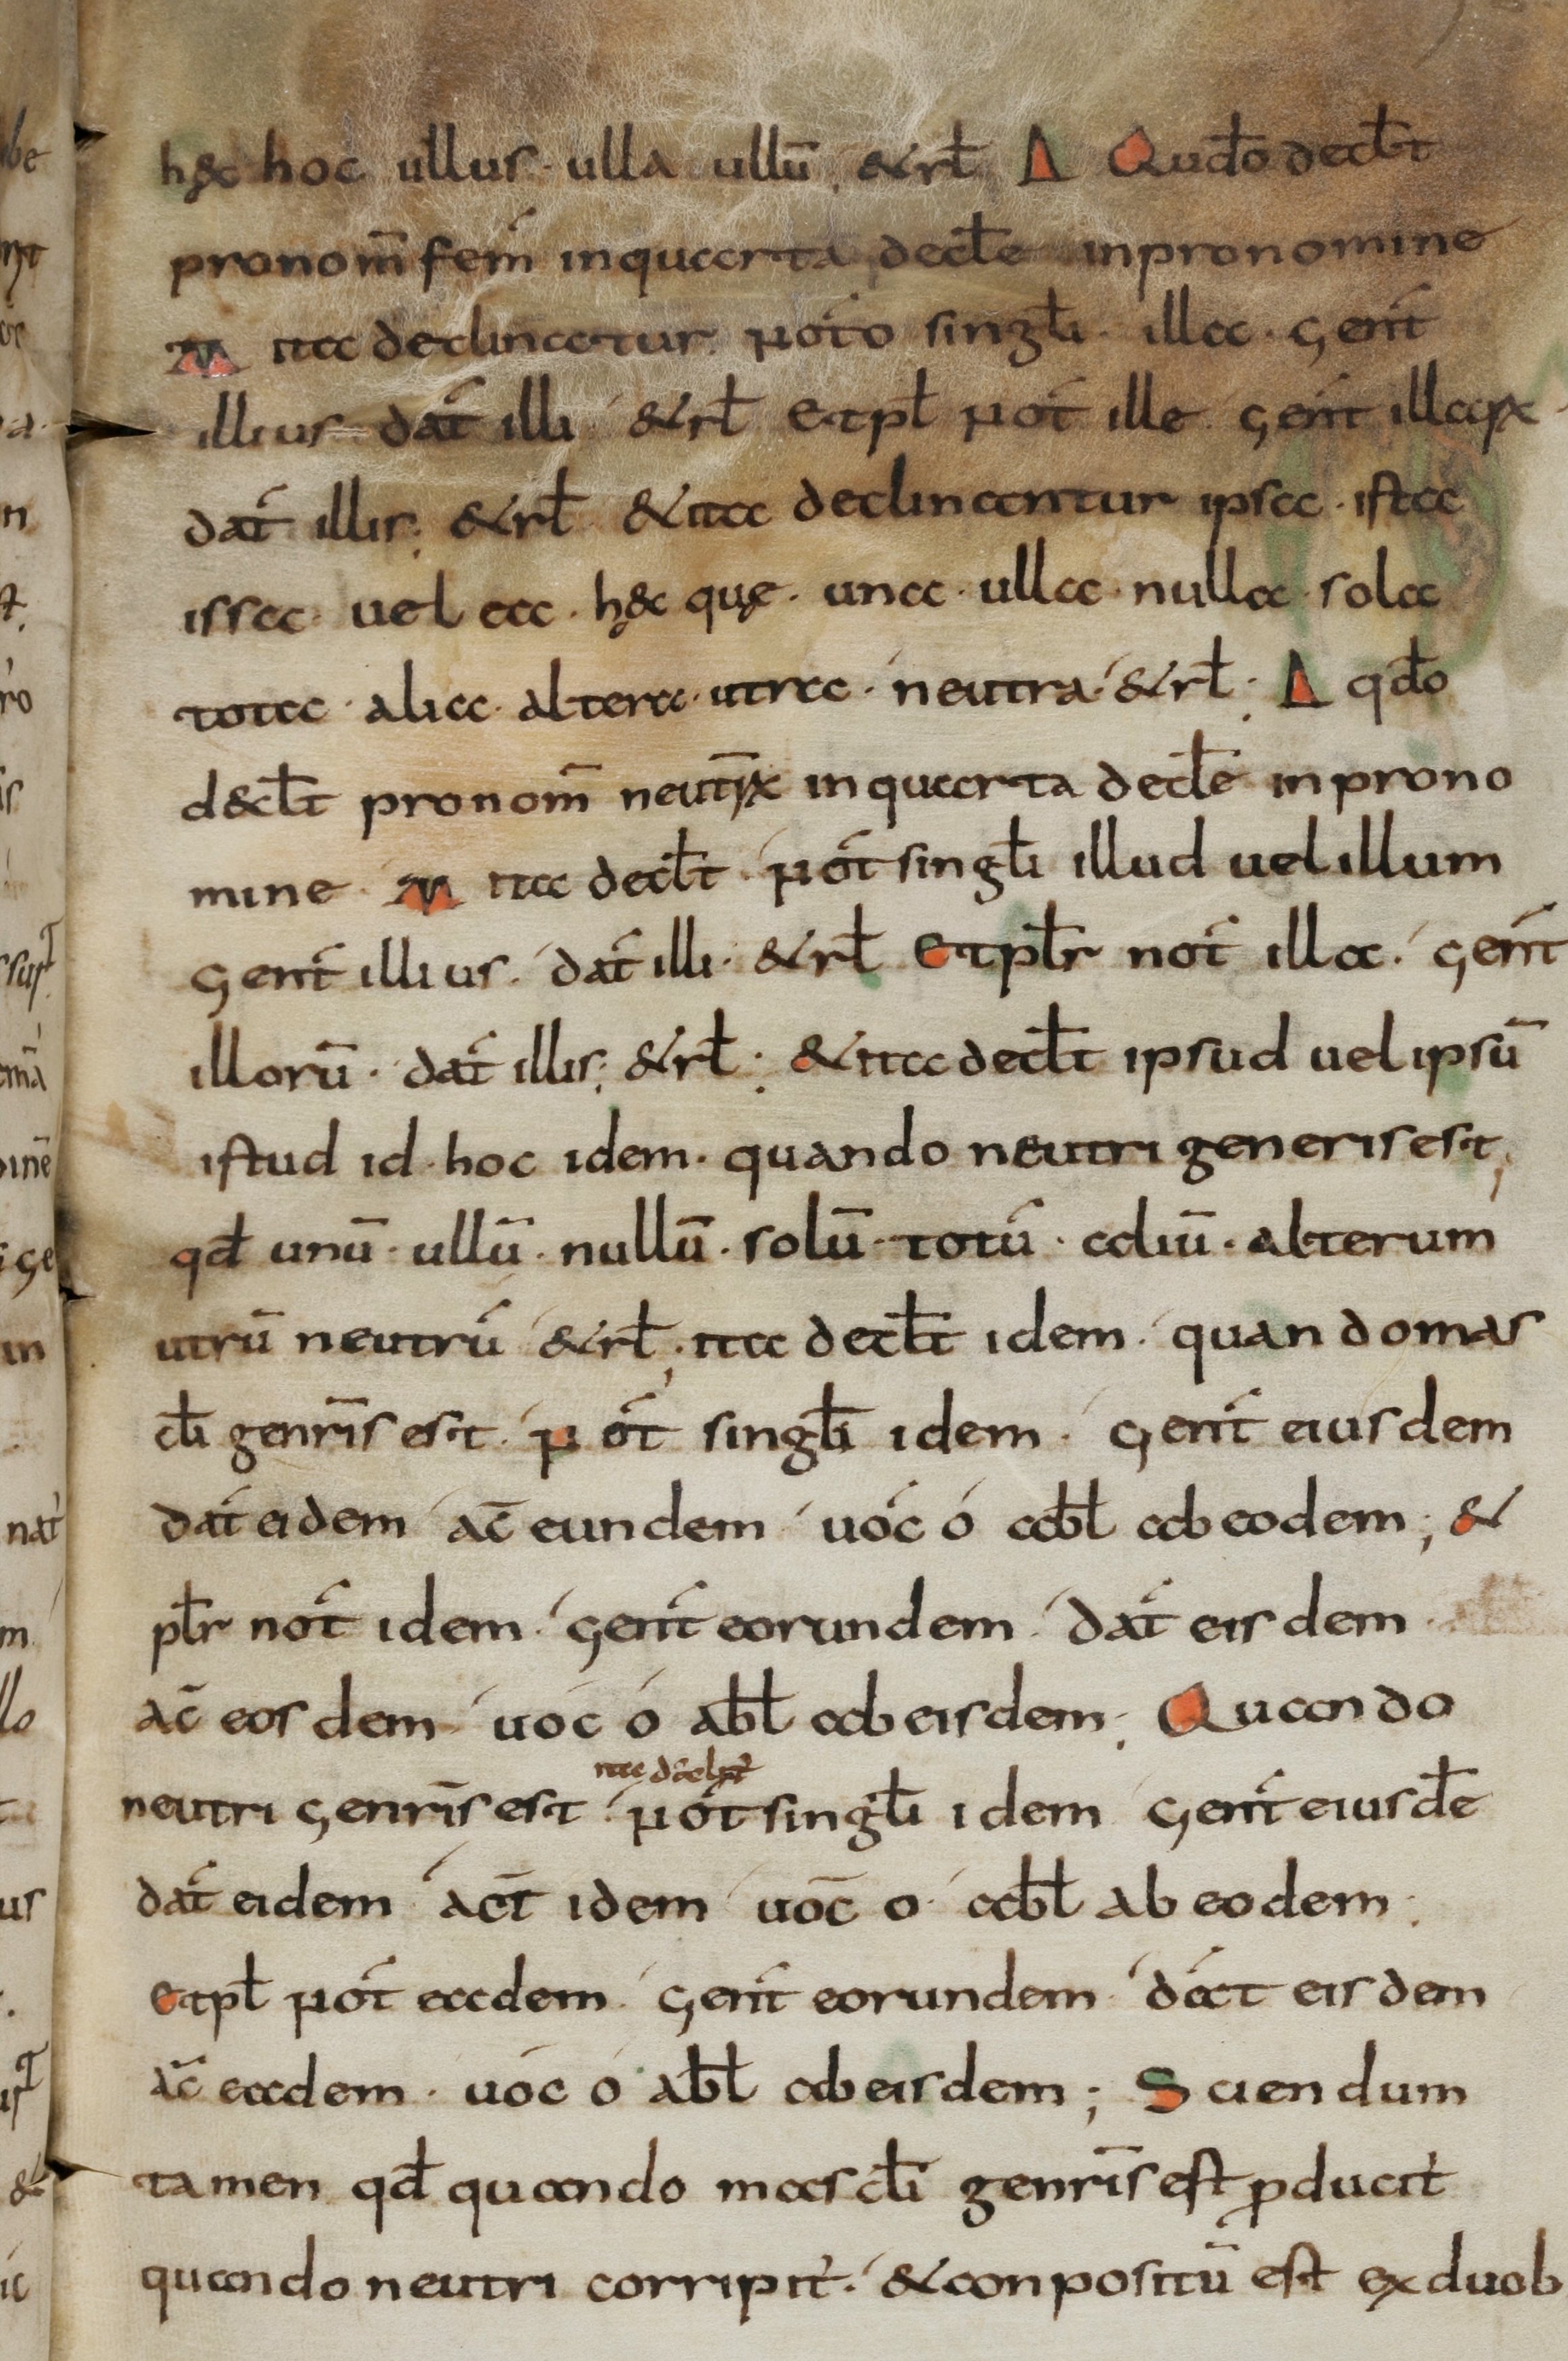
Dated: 800–899